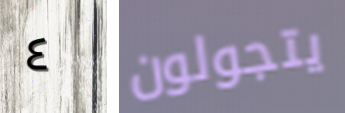
٤ يتجولون